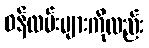
ဝန်ထမ်းများကိုလည်း